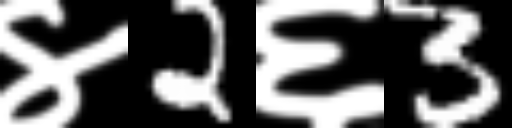
Text: ४2६3